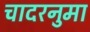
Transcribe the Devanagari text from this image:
चादरनुमा